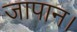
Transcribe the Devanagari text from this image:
जापान।